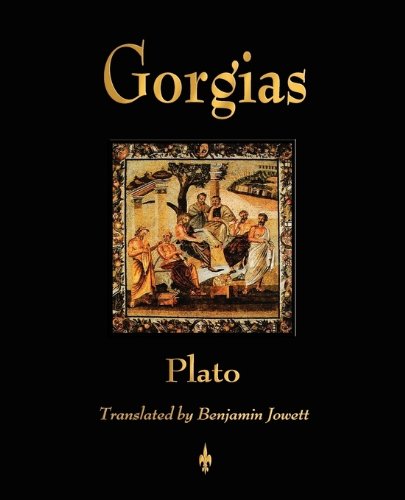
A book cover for Gorgias; Plato; Politics & Social Sciences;